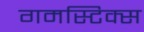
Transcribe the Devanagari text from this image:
गमस्टिक्स